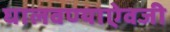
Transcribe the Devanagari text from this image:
घालवण्याऐवजी